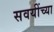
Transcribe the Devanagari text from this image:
सवयींच्या